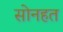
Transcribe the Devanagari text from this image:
सोनहत